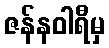
ဇန်နဝါရီမှ